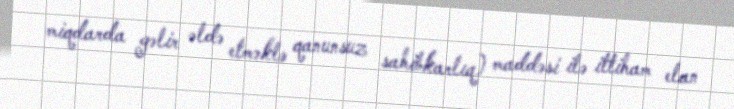
miqdarda gəlir əldə etməklə qanunsuz sahibkarlıq) maddəsi ilə ittiham elan